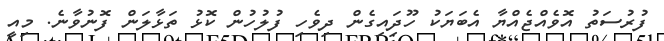
ފުރުސަތު އޮވެއްޖެއްޔާ އެބަޔަކު ހޫދަިއިގެން ދިވެހި ފުލުހުން ކޮޅު ތަޅާލަން ފޮނުވާނެ. މިއީ